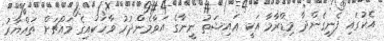
އެކުގައި ފެނިގެންދާ މިޑްރާމާ އަކީ ޢައިޝަތު ނީނާގެ އަވާމެންދުރު ވާހަކައިގެ މައްޗަށް ތައްޔާރު